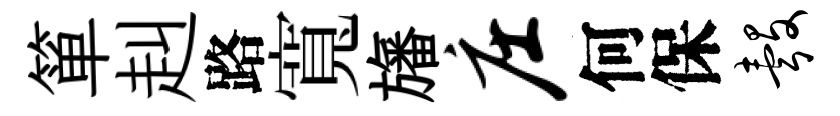
箪赳路寬旛庄何保彀